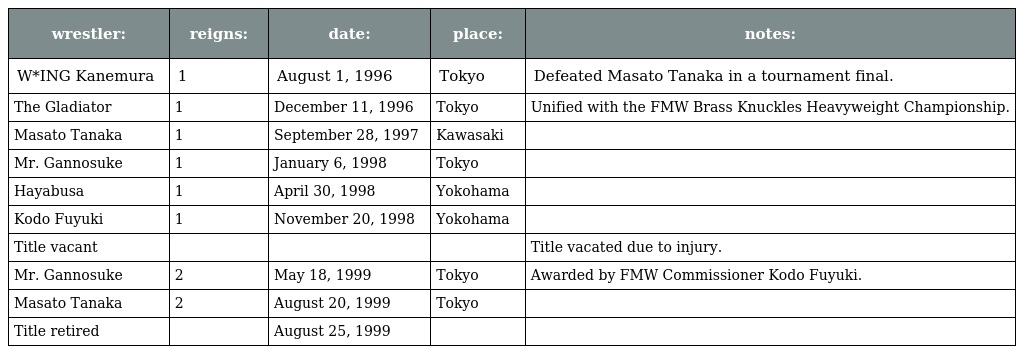
| wrestler: | reigns: | date: | place: | notes: |
 | --- | --- | --- | --- | --- |
 | W*ING Kanemura | 1 | August 1, 1996 | Tokyo | Defeated Masato Tanaka in a tournament final. |
 | The Gladiator | 1 | December 11, 1996 | Tokyo | Unified with the FMW Brass Knuckles Heavyweight Championship. |
 | Masato Tanaka | 1 | September 28, 1997 | Kawasaki |  |
 | Mr. Gannosuke | 1 | January 6, 1998 | Tokyo |  |
 | Hayabusa | 1 | April 30, 1998 | Yokohama |  |
 | Kodo Fuyuki | 1 | November 20, 1998 | Yokohama |  |
 | Title vacant |  |  |  | Title vacated due to injury. |
 | Mr. Gannosuke | 2 | May 18, 1999 | Tokyo | Awarded by FMW Commissioner Kodo Fuyuki. |
 | Masato Tanaka | 2 | August 20, 1999 | Tokyo |  |
 | Title retired |  | August 25, 1999 |  |  |